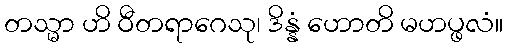
တသ္မာ ဟိ ဝီတရာဂေသု၊ ဒိန္နံ ဟောတိ မဟပ္ဖလံ။